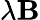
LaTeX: \lambda\textbf{B}